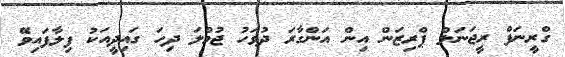
ގްރީނަފް ރީޖަނަލް ޕްރިޒަން އިން އަންގާރަ ދުވަހު ޖުމްލަ ދިހަ ގައިދީއަކު ފިލާފައިވޭ